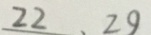
2 2 、 2 9